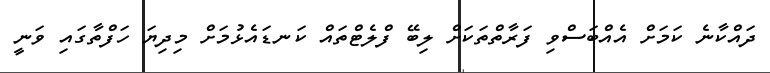
ދައްކާނެ ކަމަށް އެއްބަސްވި ފަރާތްތަކަށް ލިބޭ ފްލެޓްތައް ކަނޑައެޅުމަށް މިދިޔަ ހަފްތާގައި ވަނީ